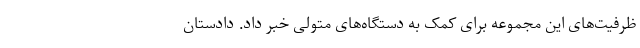
ظرفیت‌های این مجموعه برای کمک به دستگاه‌های متولی خبر داد. دادستان